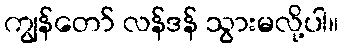
ကျွန်တော် လန်ဒန် သွားမလို့ပါ။